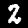
Digit: 2